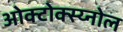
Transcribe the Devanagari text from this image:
ओक्टोक्स्य्नोल